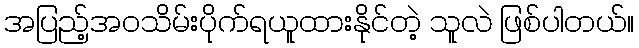
အပြည့်အဝသိမ်းပိုက်ရယူထားနိုင်တဲ့ သူလဲ ဖြစ်ပါတယ်။